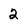
Character: 2